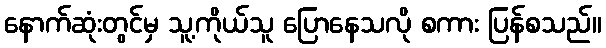
နောက်ဆုံးတွင်မှ သူ့ကိုယ်သူ ပြောနေသလို စကား ပြန်စသည်။